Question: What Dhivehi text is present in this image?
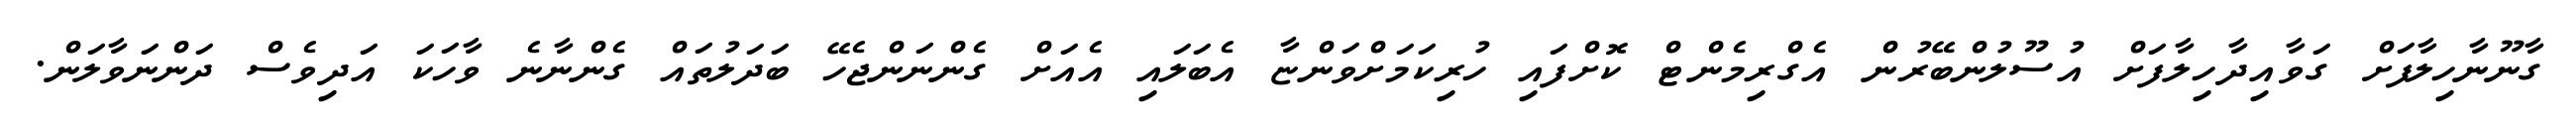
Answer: ގާނޫނާހިލާފަށް ގަވާއިދާހިލާފަށް އުސޫލުންބޭރުން އެގްރިމެންޓް ކޮށްފައި ހުރިކަމަށްވަންޏާ އެބަލައި އެއަށް ގެންނަންޖެހޭ ބަދަލުތައް ގެންނާނެ ވާހަކަ އަދިވެސް ދަންނަވާލަން.